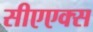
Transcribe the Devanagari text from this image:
सीएएक्स